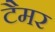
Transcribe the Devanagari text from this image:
टैमर